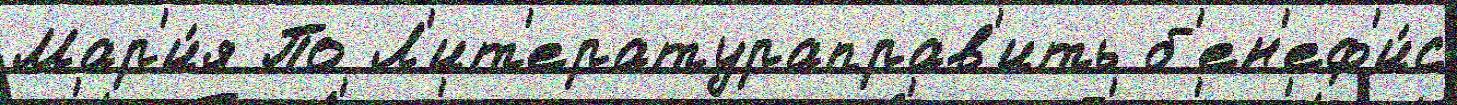
Мар'и́я По Л'ит'ератураправ'ить б'ен'еф'и́с